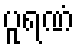
ပူရဏံ